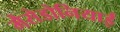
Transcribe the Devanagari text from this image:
मैसेडोनियाई